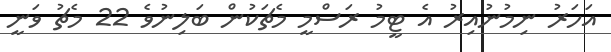
އަހަރު ނިމުނުއިރު އެ ޓީމު ރަސްމީ މެޗަކުން ބަލިނުވެ 22 މެޗު ވަނީ